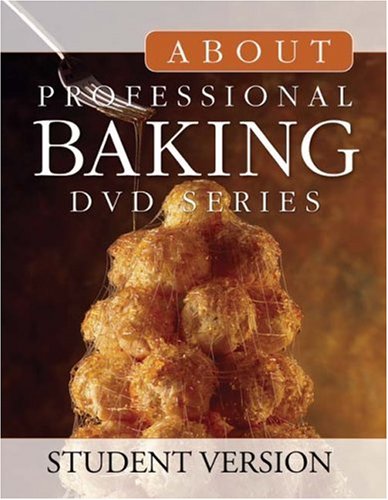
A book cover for About Professional Baking DVD Series: Student Version; Cengage Learning; Cookbooks, Food & Wine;